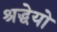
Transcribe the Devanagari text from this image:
श्रद्धेयो